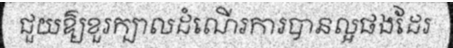
ជួយឱ្យខួរក្បាលដំណើរការបានល្អផងដែរ